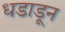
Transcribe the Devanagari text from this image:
धडाडून